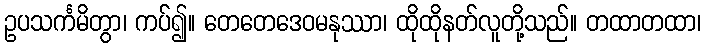
ဥပသင်္ကမိတွာ၊ ကပ်၍။ တေတေဒေဝမနုဿာ၊ ထိုထိုနတ်လူတို့သည်။ တထာတထာ၊